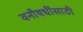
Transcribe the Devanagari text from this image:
वनौषधींसाठी